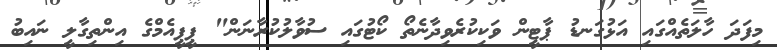
މިފަދަ ހާލަތެއްގައި އަޅުގަނޑު ޕާޓީން ވަކިކުރެވިދާނެތޯ ކޯޓުގައި ސުވާލުކުރާނަން" ޕީޕީއެމްގެ އިންތިގާލީ ނައިބު